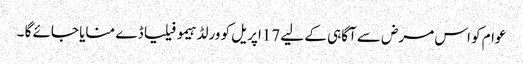
عوام کو اس مرض سے آگاہی کے لیے 17اپریل کو ورلڈ ہیمو فیلیا ڈے منایا جائے گا ۔